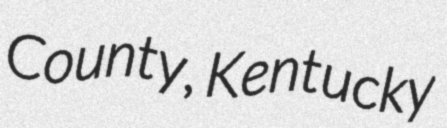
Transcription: County, Kentucky